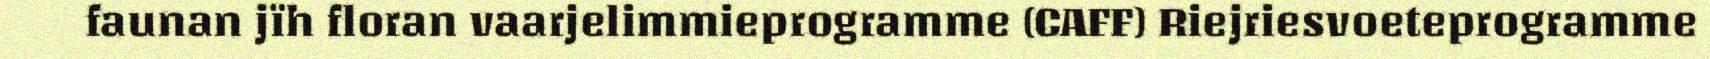
faunan jïh floran vaarjelimmieprogramme (CAFF) Riejriesvoeteprogramme